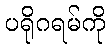
ပရိုဂရမ်ကို